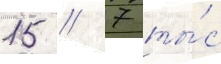
15 / 7 ты́с